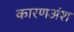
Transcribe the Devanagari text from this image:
कारणअंश